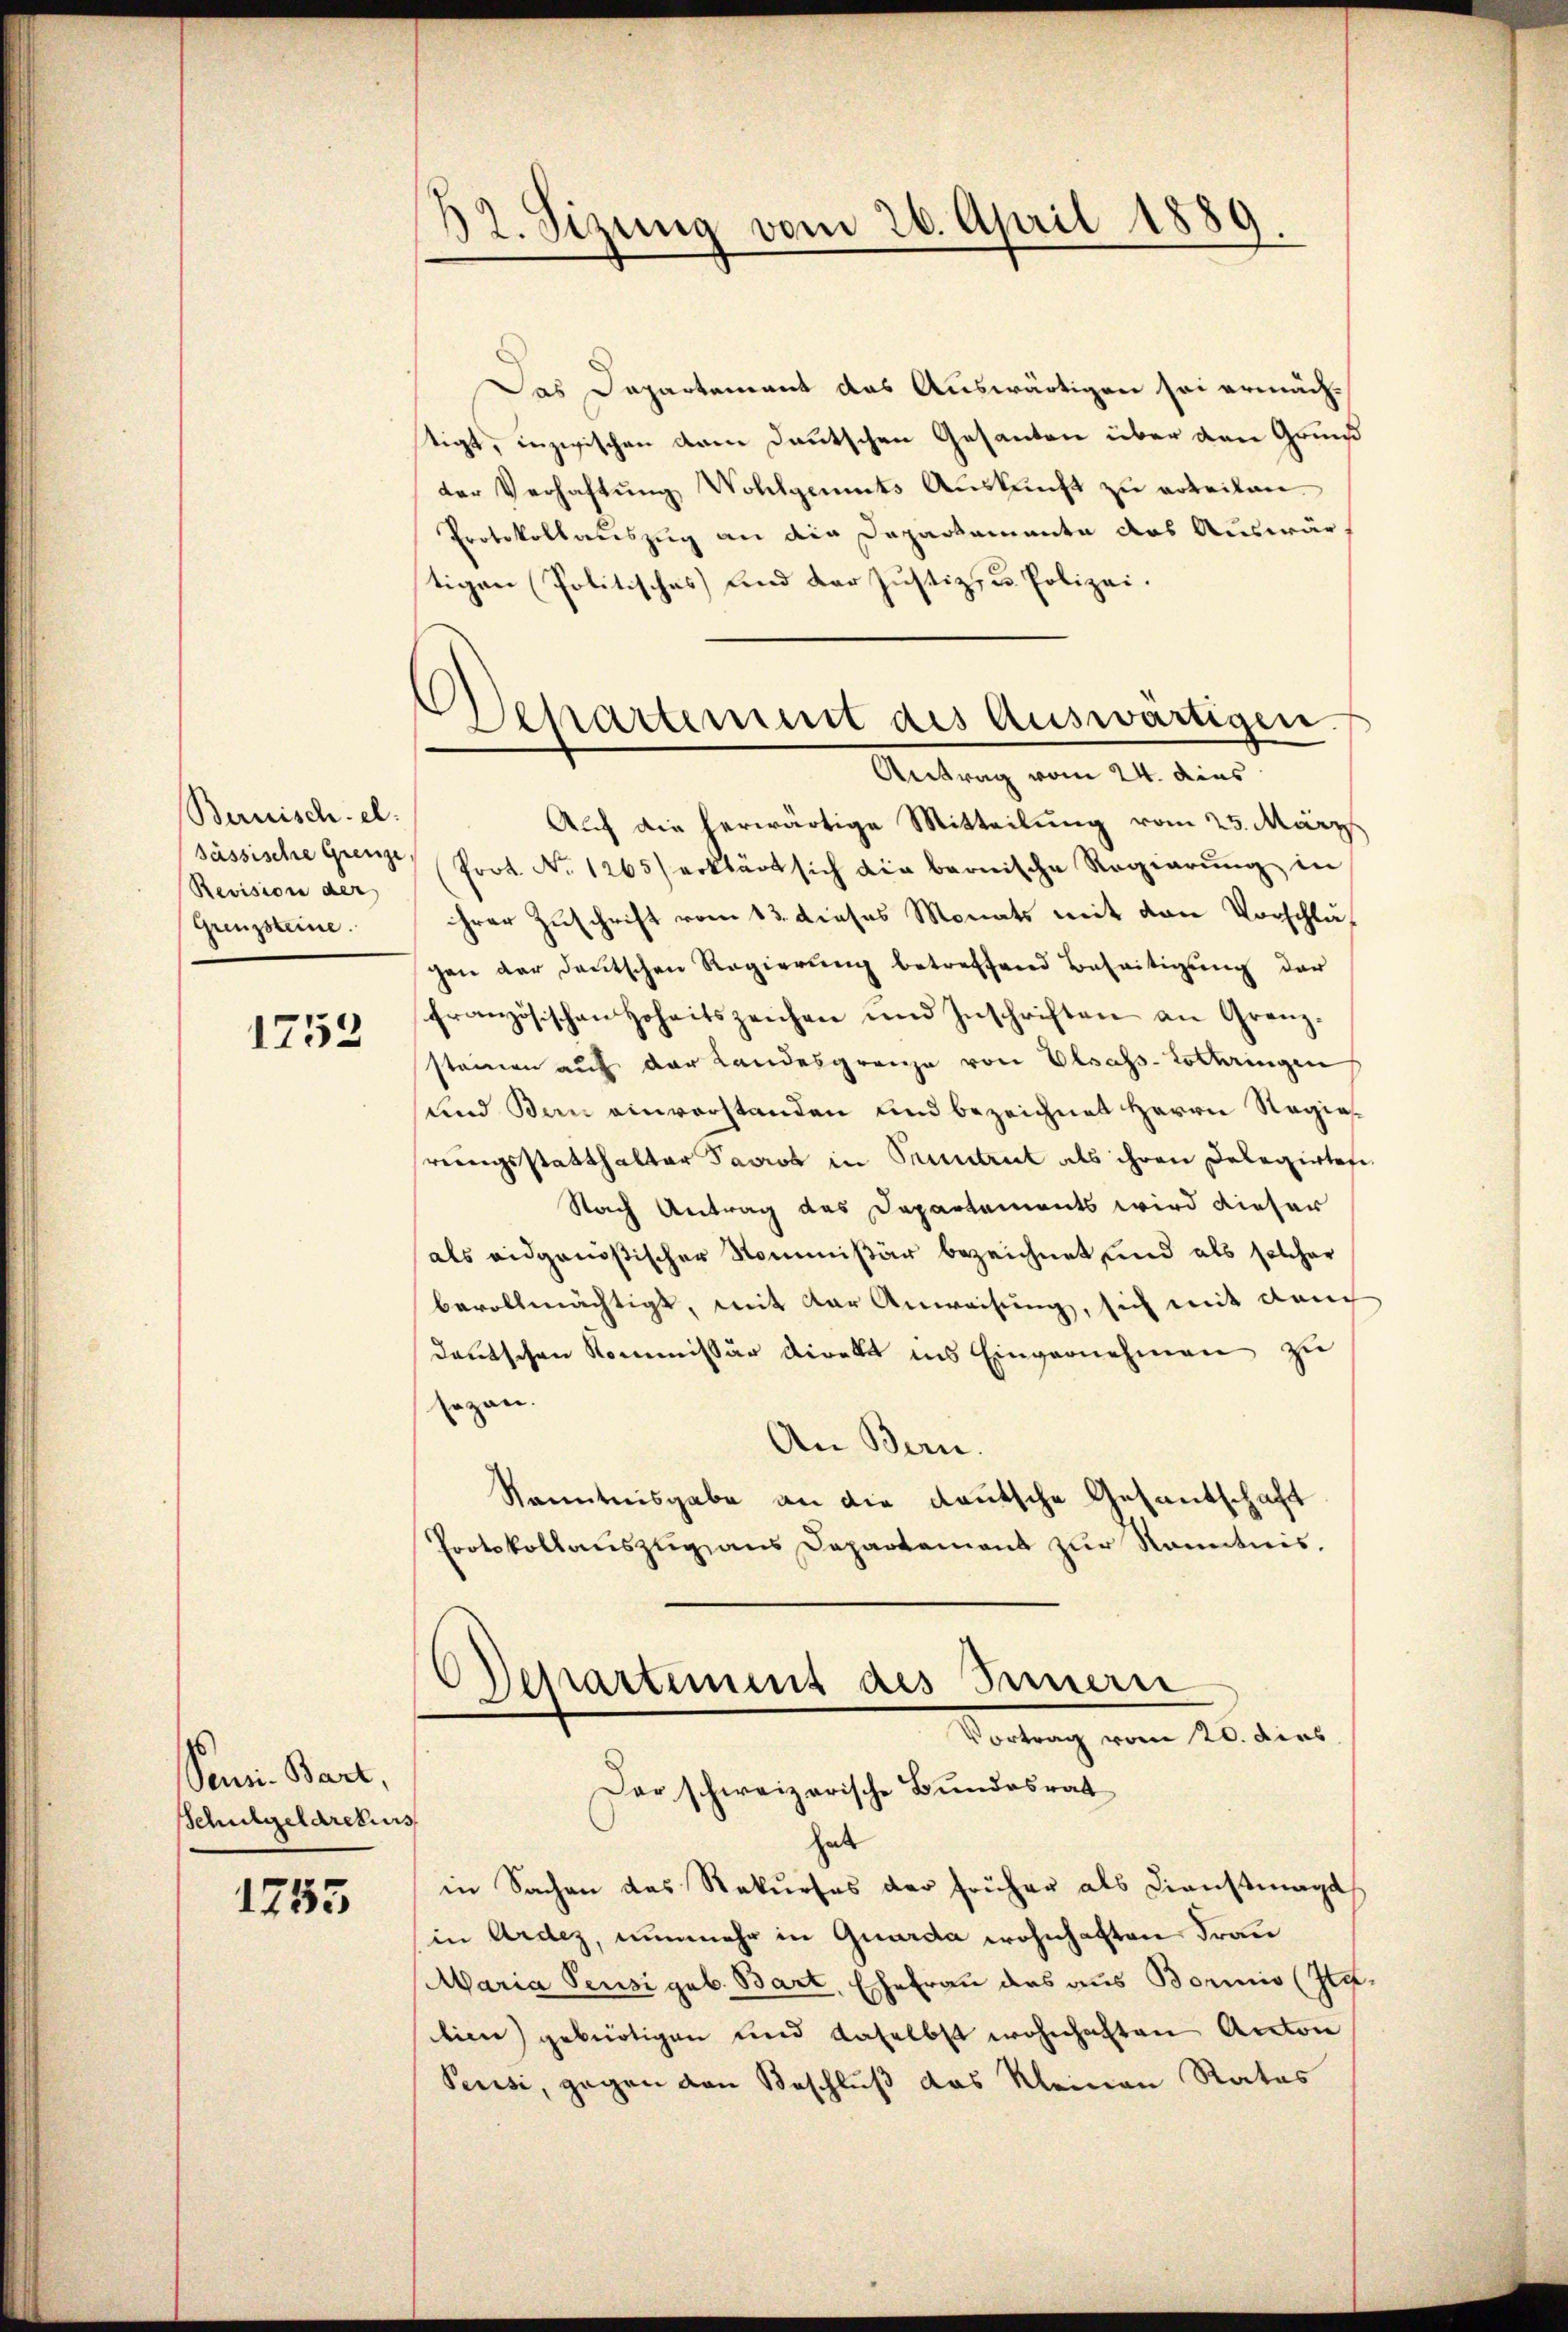
Bernisch-el:
sässische Grenze
Revision der
Grenzsteine.

1752

Senn Bart,
Schulgeldrekurs

1755

32. Sizung vom 26. April 188

Departement des Auswärtigen.
Antrag vom 24. Aus

Das Departement das Auswärtigen sei ermächtigt, inzwischen dem Deutschen Gesanten über den Grund
der Verhaftung Wohlgements Auskunft zu erteilen.
Protokollauszug an die Departamente das Auswärtigen (Politisches und der Justiz- u. Polizei.
Auf die herwärtige Mitteilung vom 25. März
Prot. No 1265) erklärt sich die bernische Regierŭng in
ihrer Zuschrift vom 13. dieses Monats mit von Vorschlugen der deutschen Regierung betreffend Beseitigung der
französischen Hoheitszeichen und Inschriften an Granz-
stainen auf der Landesgrenze von Elsass-Lothringen
und Bern einverstanden und bezeichnet Herrn Regierungsstatthalter Pavros in Pruntrut als ihren Delegirtes
Nach Antrag des Departements wird dieser
als eidgenößischer Kommißär bezeichnet und als solcher
bevollmächtigt, mit der Anweisung, sich mit dem
deutschen Kommissär direkt ins Einvernehmen zu
sozan.
An Bern.
Kenntnisgabe an die deutsche Gesantschaft
Pootskollauszug aus Departement zur Kenntnis,
Schartiment des Innern
)
Vortrag vom 20. dies
Der schweizerische Bundesrat
f
hat
in Sachen das Rekurses der früher als Dienstmagd
in Ardez, nunmehr in Quarda wohnhaften Frau
Maria Pensi geb. Bart, Ehefrau das aus Bornis (Statien) gebürtigen und daselbst wohnhaften Anton
Pensi, gegen von Beschluß das Kleinen Rates